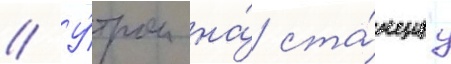
// У́тром на́ ста́нциу